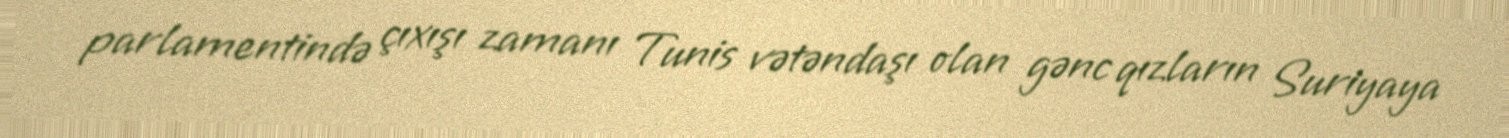
parlamentində çıxışı zamanı Tunis vətəndaşı olan gənc qızların Suriyaya